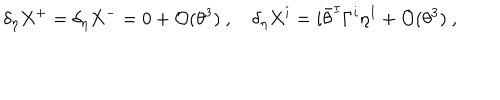
\delta _ { \eta } X ^ { + } = \delta _ { \eta } X ^ { - } = 0 + { \mathcal O } ( \theta ^ { 3 } ) ~ , ~ \delta _ { \eta } X ^ { i } = i \bar { \theta } ^ { I } \Gamma ^ { i } \eta ^ { I } + { \mathcal O } ( \theta ^ { 3 } ) ~ ,